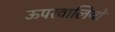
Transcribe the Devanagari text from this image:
ऊपरवालियों